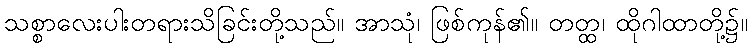
သစ္စာလေးပါးတရားသိခြင်းတို့သည်။ အာသုံ၊ ဖြစ်ကုန်၏။ တတ္ထ၊ ထိုဂါထာတို့၌။